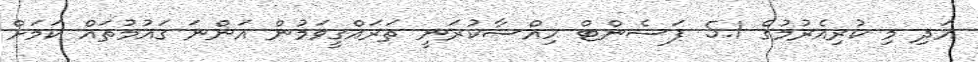
އަދި މި ކުރިއެރުމުގެ 5.1 ޕަސެންޓް ހިއްސާކުރަނީ ތަރައްގީވަމުން އަންނަ ގައުމުތައް ކަމަށް